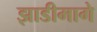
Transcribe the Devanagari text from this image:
झाडीमागे